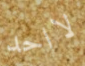
لااحد